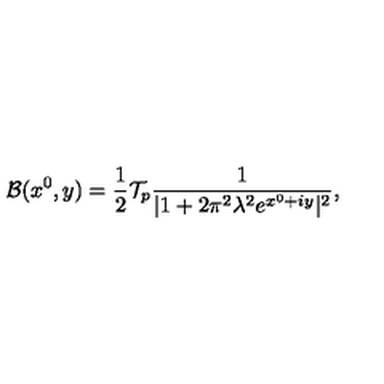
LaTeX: { \cal B } ( x ^ { 0 } , y ) = { \frac { 1 } { 2 } } { \cal T } _ { p } { \frac { 1 } { | 1 + 2 \pi ^ { 2 } \lambda ^ { 2 } e ^ { x ^ { 0 } + i y } | ^ { 2 } } } ,